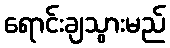
ရောင်းချသွားမည်